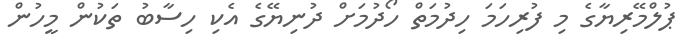
ޕުލްމޭރިޔާގެ މި ފުރިހަމަ ހިދުމަތް ހޯދުމަށް ދުނިޔޭގެ އެކި ހިސާބު ތަކުން މީހުން